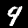
Label: 9